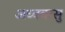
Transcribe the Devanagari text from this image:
अध्ववरसु